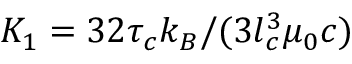
K _ { 1 } = 3 2 \tau _ { c } k _ { B } / ( 3 l _ { c } ^ { 3 } \mu _ { 0 } c )